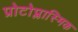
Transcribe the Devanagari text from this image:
प्रोटोप्लास्मिक